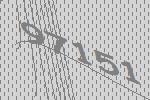
97151